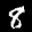
Label: 8